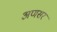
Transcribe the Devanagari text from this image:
अणसर